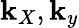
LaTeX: \mathbf{k}_{X},\mathbf{k}_{y}